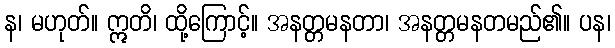
န၊ မဟုတ်။ ဣတိ၊ ထို့ကြောင့်။ အနတ္တမနတာ၊ အနတ္တမနတမည်၏။ ပန၊